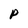
Character: P